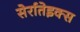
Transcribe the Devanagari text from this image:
सेर्रातेइक्स